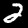
Digit: 2